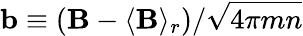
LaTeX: \mathbf{b}\equiv(\mathbf{B}-\langle\mathbf{B}\rangle_{r})/\sqrt{4\pi mn}